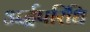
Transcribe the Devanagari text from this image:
अर्द्धपरिधि